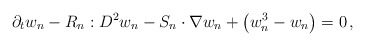
\begin{align*}\partial_{t}w_{n}-R_{n}:D^{2}w_{n}-S_{n}\cdot\nabla w_{n}+\left(w_{n}^{3}-w_{n}\right)=0\,,\end{align*}